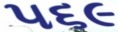
૫૬૯